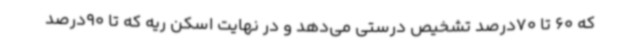
که 60 تا 70‌درصد تشخیص درستی می‌دهد و در نهایت اسکن ریه که تا 90‌درصد